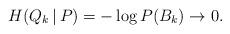
LaTeX: \begin{align*}H(Q_k\,|\,P) = -\log P(B_k) \to 0.\end{align*}